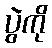
ပွဲကို